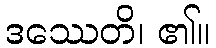
ဒဿေတိ၊ ၏။